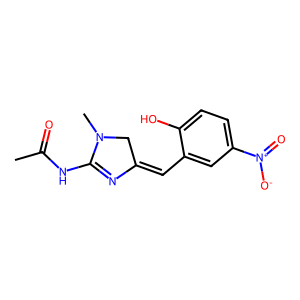
SMILES: CC(=O)NC1=NC(=Cc2cc([N+](=O)[O-])ccc2O)CN1C
Inhibits HIV replication: No